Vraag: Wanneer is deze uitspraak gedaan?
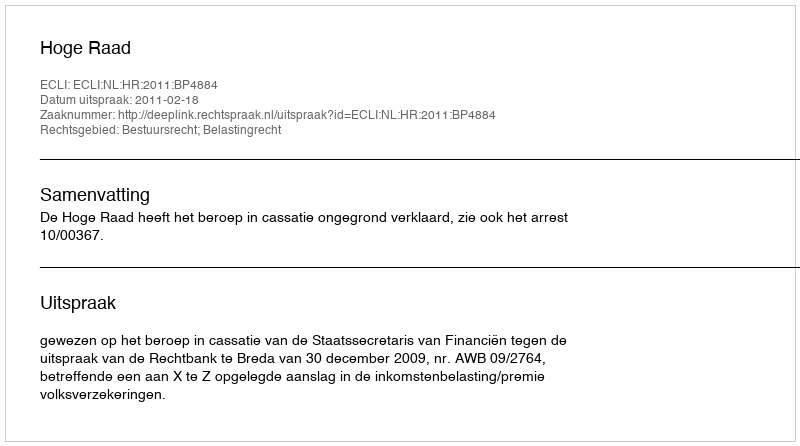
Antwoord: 2011-02-18